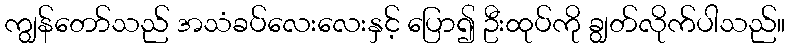
ကျွန်တော်သည် အသံခပ်လေးလေးနှင့် ပြော၍ ဦးထုပ်ကို ချွတ်လိုက်ပါသည်။